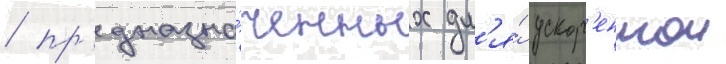
/ пр'едназна́ченных дл'я́ ускор'еннои